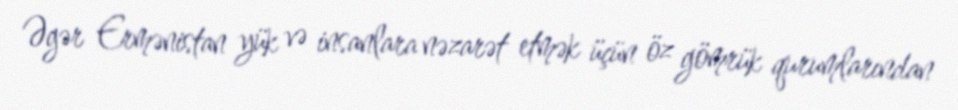
Əgər Ermənistan yük və insanlara nəzarət etmək üçün öz gömrük qurumlarından